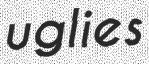
uglies